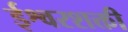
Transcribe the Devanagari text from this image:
ईश्वरशक्ती